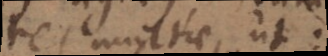
res multae, ut: